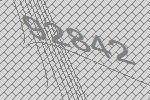
92842